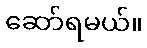
ဆော်ရမယ်။